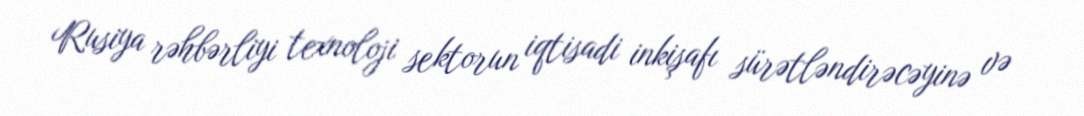
Rusiya rəhbərliyi texnoloji sektorun iqtisadi inkişafı sürətləndirəcəyinə və